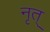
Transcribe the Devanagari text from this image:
नृत्